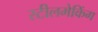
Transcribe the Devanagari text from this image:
स्टीलमेकिंग